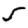
Digit: 5